Source: Handwritten
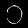
Digit: ၁ (1)